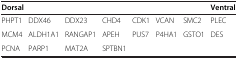
<table><thead><tr><td colspan="7"><b>Dorsal</b></td><td><b>Ventral</b></td></tr></thead><tbody><tr><td>PHPT1</td><td>DDX46</td><td>DDX23</td><td>CHD4</td><td>CDK1</td><td>VCAN</td><td>SMC2</td><td>PLEC</td></tr><tr><td>MCM4</td><td>ALDH1A1</td><td>RANGAP1</td><td>APEH</td><td>PUS7</td><td>P4HA1</td><td>GSTO1</td><td>DES</td></tr><tr><td>PCNA</td><td>PARP1</td><td>MAT2A</td><td>SPTBN1</td><td></td><td></td><td></td><td></td></tr></tbody></table>